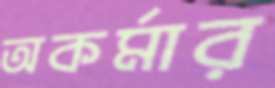
অকর্মার